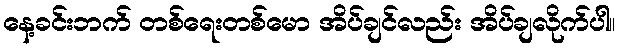
နေ့ခင်းဘက် တစ်ရေးတစ်မော အိပ်ချင်လည်း အိပ်ချလိုက်ပါ။